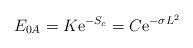
\begin{align*}E_{0A}= K {\rm e}^{-S_c}=C{\rm e}^{-\sigma L^2}\end{align*}